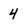
Character: 4